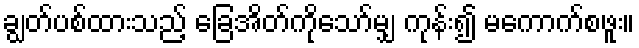
ချွတ်ပစ်ထားသည့် ခြေအိတ်ကိုသော်မျှ ကုန်း၍ မကောက်စဖူး။